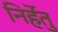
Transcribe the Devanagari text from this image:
निर्हेतु